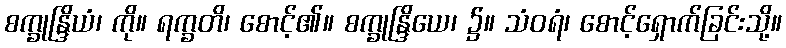
စက္ခုန္ဒြိယံ၊ ကို။ ရက္ခတိ၊ စောင့်၏။ စက္ခုန္ဒြိယေ၊ ၌။ သံဝရံ၊ စောင့်ရှောက်ခြင်းသို့။